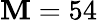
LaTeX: \mathbf{M}=54